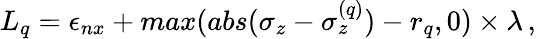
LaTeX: \begin{array}{r}{L_{q}=\epsilon_{nx}+max(abs(\sigma_{z}-\sigma_{z}^{(q)})-r_{q},0)\times\lambda\, ,}\end{array}